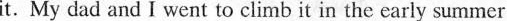
it.My dad and I went to climb it in the early summer